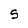
Character: S